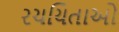
રચયિતાઓ